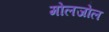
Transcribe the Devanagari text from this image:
मोलजोल